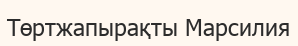
Төртжапырақты Марсилия